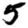
Digit: 5